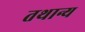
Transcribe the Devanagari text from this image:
तथान्य